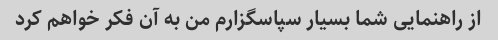
از راهنمایی شما بسیار سپاسگزارم من به آن فکر خواهم کرد